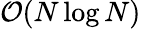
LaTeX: \mathcal{O}(N\log N)